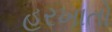
હરખાતો